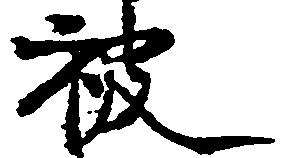
被